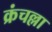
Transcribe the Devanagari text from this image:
क्रंचल्ला